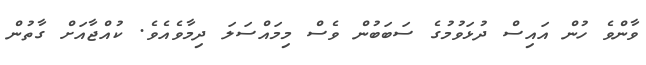
ވާންވެ ހުން އައިސް ދުޅަވުމުގެ ސަބަބުން ވެސް މިމައްސަލަ ދިމާވެއެވެ. ކުއްޖާއަށް ގާތުން